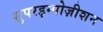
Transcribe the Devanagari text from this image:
सुपरइम्पोज़ीशन